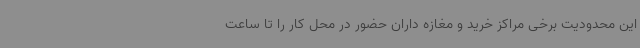
این محدودیت برخی مراکز خرید و مغازه داران حضور در محل کار را تا ساعت